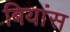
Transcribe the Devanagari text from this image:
बियांस